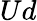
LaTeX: {Ud}